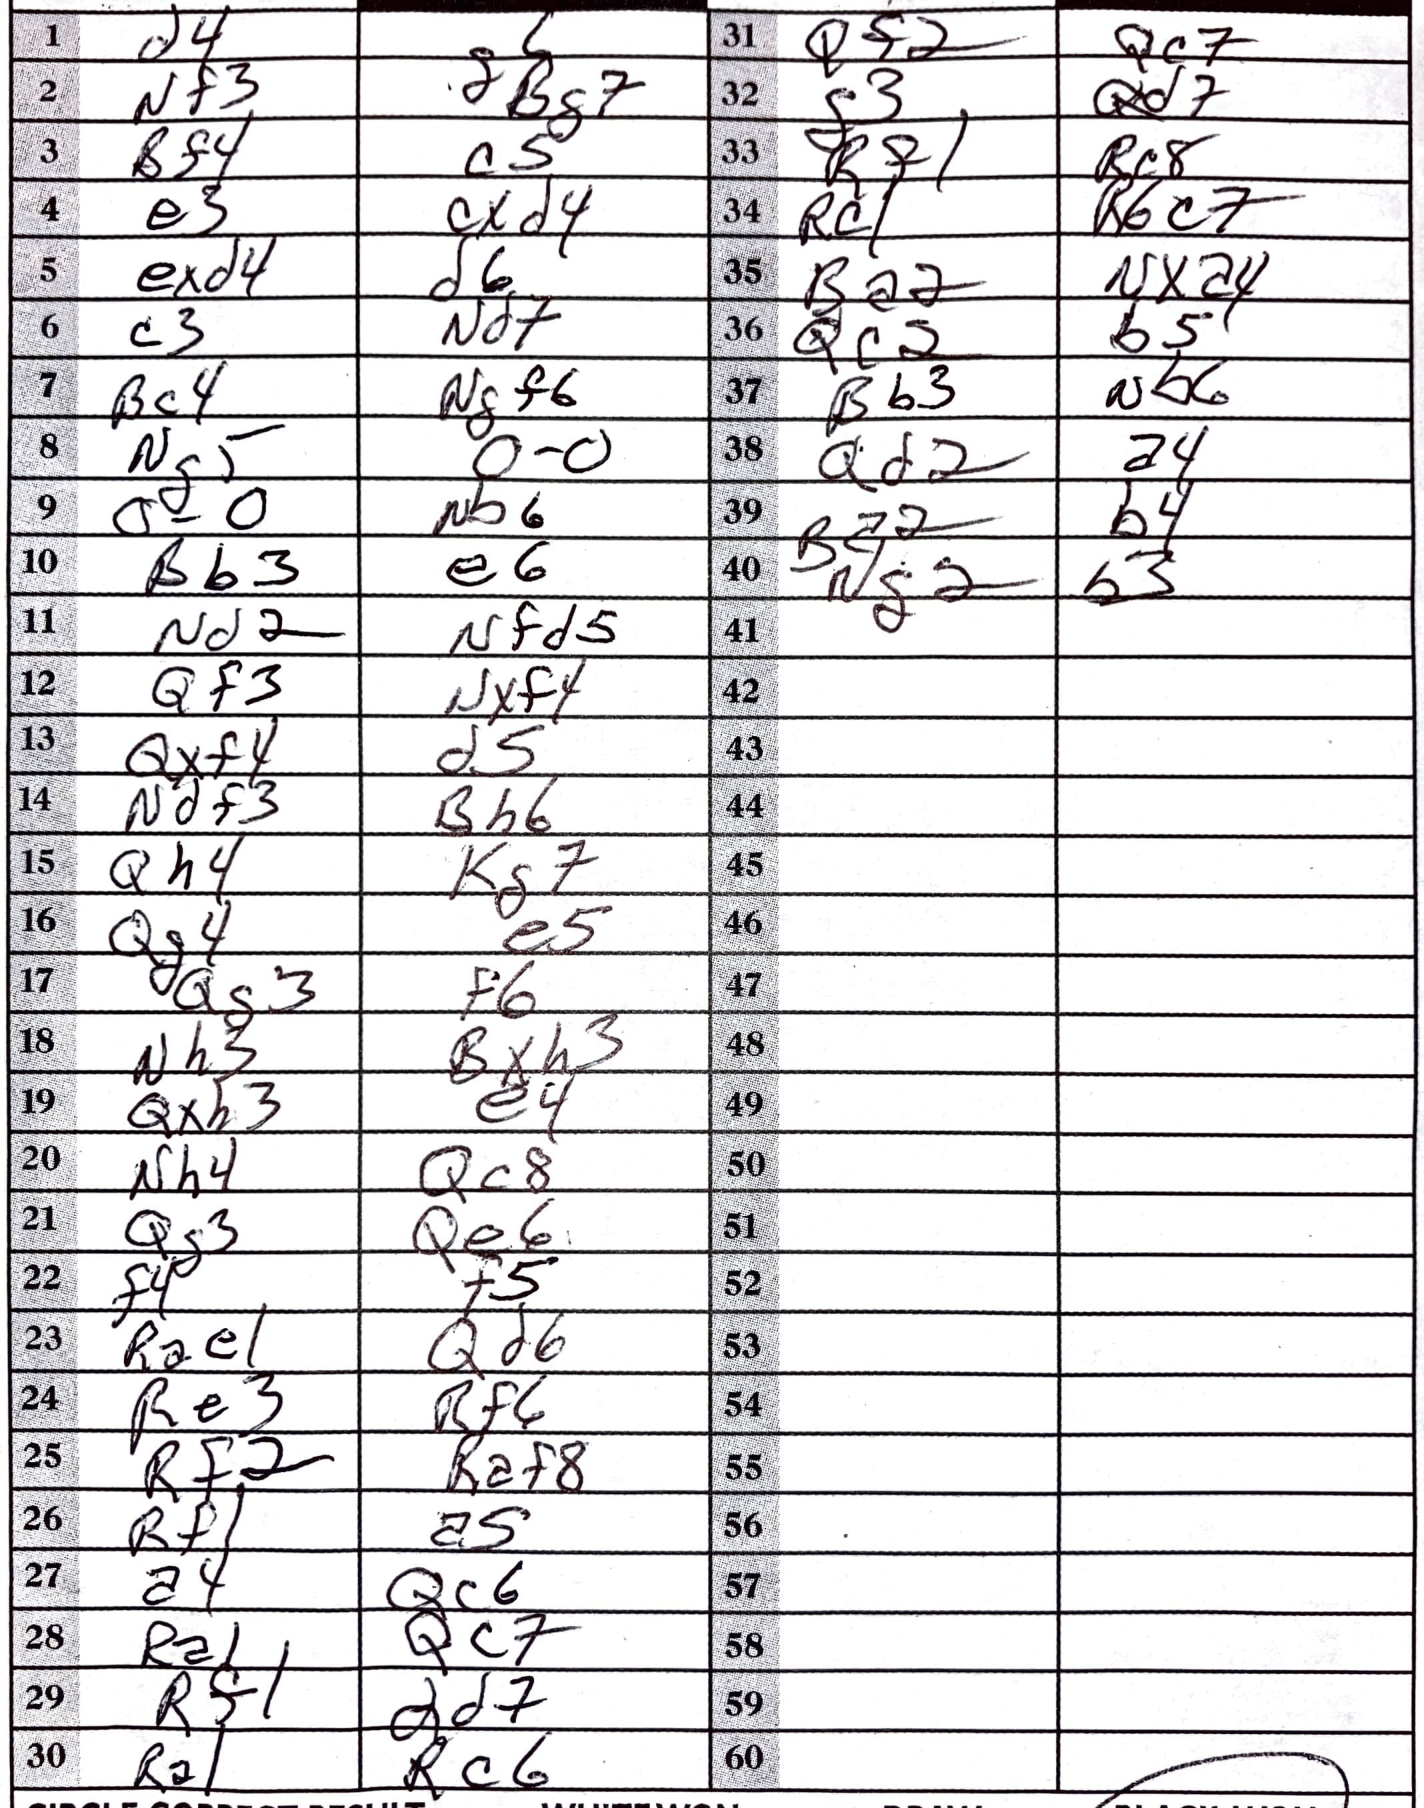
Moves: d4 g6 Nf3 Bg7 Bf4 c5 e3 cxd4 exd4 d6 c3 Nd7 Bc4 Ngf6 Ng5 O-O O-O Nb6 Bb3 e6 Nd2 Nfd5 Qf3 Nxf4 Qxf4 d5 Ndf3 Bh6 Qh4 Kg7 Qg4 e5 Qg3 f6 Nh3 Bxh3 Qxh3 e4 Nh4 Qc8 Qg3 Qe6 f4 f5 Rae1 Qd6 Re3 Rf6 Rf2 Raf8 Rf1 a5 a4 Qc6 Ra1 Qc7 Rf1 Qd7 Ra1 Rc6 Qf2 Qc7 g3 Qd7 Rf1 Rc8 Rc1 Rbc7 Ba2 Nxa4 Qc2 b5 Bb3 Nb6 Qd2 a4 Ba2 b4 Ng2 b3